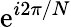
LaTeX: \mathrm{e}^{i2\pi/N}